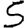
Digit: 5